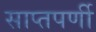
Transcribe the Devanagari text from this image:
साप्तपर्णी